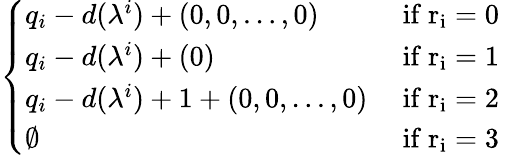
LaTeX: \left\{ \begin{array}{ll}{q_{i}-d(\lambda^{i})+(0,0,\dots,0)}&{\mathrm{~if~r_i=0~}}\\ {q_{i}-d(\lambda^{i})+(0)}&{\mathrm{~if~r_i=1~}}\\ {q_{i}-d(\lambda^{i})+1+(0,0,\dots,0)}&{\mathrm{~if~r_i=2~}}\\ {\emptyset}&{\mathrm{~if~r_i=3~}}\end{array}\right.